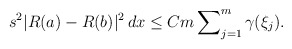
\begin{align*}s^2|R(a) - R(b)|^2 \, dx \le Cm \sum\nolimits^m_{j=1} \gamma(\xi_j).\end{align*}